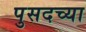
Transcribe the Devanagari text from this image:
पुसदच्या